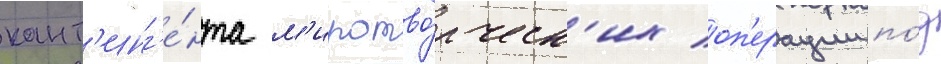
конт'инг'е́нта м'иротво́рческ'их оп'ерации по́д